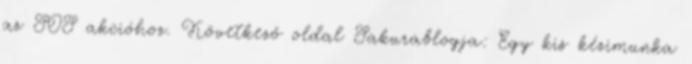
az SOS akcióhoz. Következő oldal Sakurablogja: Egy kis kézimunka